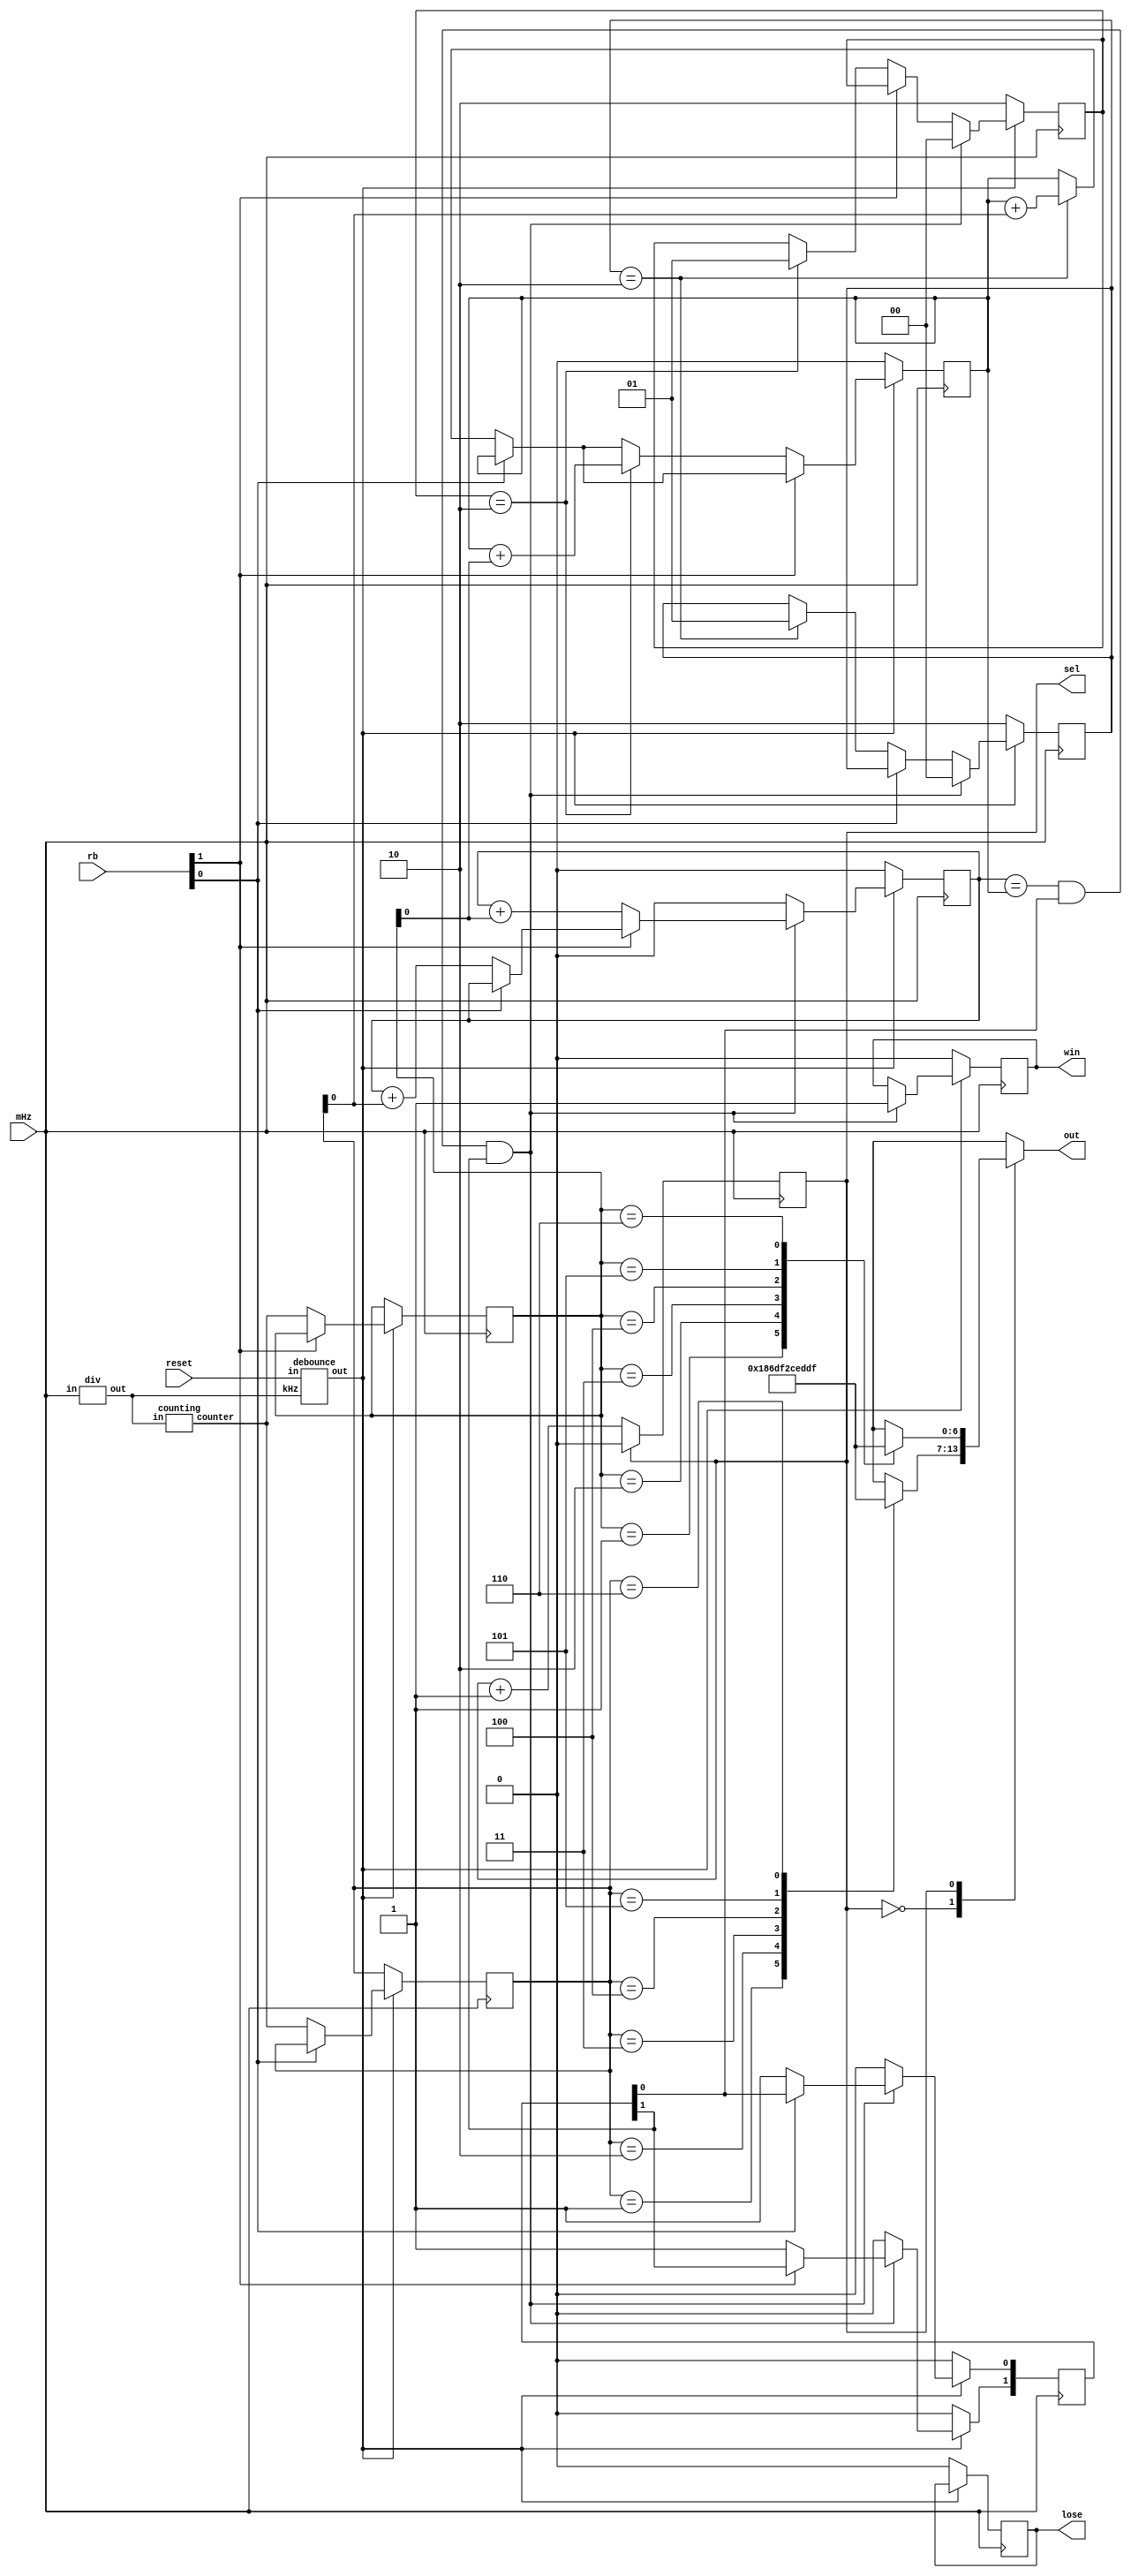
module lab2_1 (mHz, reset, rb, win, lose, out, sel);
input mHz, reset;
input [1:0]rb;
output reg win,lose;
output reg [6:0]out;
output reg sel;
wire [2:0]counter;
wire [1:0]rb_in;
wire kHz, i;
reg [2:0]dice1, dice2;
reg sum, sum2;
reg [1:0]c;
reg [1:0]count1, count2;
div divid(mHz, kHz);
debounce de1(reset, kHz, i);
counting co1(kHz, counter);
//sel_count se1(kHz, sel);
debounce de2(rb[0], kHz, rb_in[0]);
debounce de3(rb[1], kHz, rb_in[1]);
//game g1(kHz, reset, rb_in, counter, win, lose, out, sel);

//endmodule

/*module game(clk,reset,rb,counter,win,lose,out,sel);
input clk,reset,sel;
input [1:0]rb;
input [2:0]counter;
output reg [6:0]out;
output reg win,lose;
reg [2:0]dice1,dice2;
reg [3:0]sum,newsum;
reg c1,c2;
reg [1:0]count1,count2;*/

always@(posedge mHz)
begin
	if( sel == 1 )
		sel <= 0;
	else
		sel <= ( sel + 1 );
		
	if( ~i )
	begin
		sum <= 0;
		sum2 <= 0;
		c[0] <= 0;
		c[1] <= 0;
		count1 <= 2;
		count2 <= 2;
		lose <= 0;
		win <= 0;
	end
	
	else
	begin
		if( ~rb[0] )
		begin
			if( count1 == 2 )
			begin
				dice1 <= counter;
				count1 <= 1;
				sum <= ( sum + dice1 );
			end
			else
			begin
				if(count1 == 2)
					dice1 <= 0;
			end
		end
			
			
		if( ~rb[1] )
		begin
			if( count2 == 2 )
			begin
				dice2 <= counter;
				count2 <= 1;
				sum <= ( sum + dice2 );
			end
			else
			begin
				if( count2 == 2 )
				dice2 <= 0;
			end
		end
		
		if( ( sum == 7 || sum == 11 ) && count1 == 1 && count2 ==1 )
		begin
			win <= 1;
			count1 <= 0;
			count2 <= 0;
		end
		else if( ( sum == 2 || sum == 3 || sum == 12 ) && count1 == 1 && count2 == 1 )
		begin
			lose <= 1;
			count1 <= 0;
			count2 <= 0;
		end
		//show(dice1, dice2, sel, out);
		
		if( ~rb[0] )
		begin
			dice1 <= counter;
			sum2 <= ( sum2 + dice1 );
			c[0] <= 1;
		end
		
		if( ~rb[1] )
		begin
			dice2 <= counter;
			sum2 <= ( sum2 + dice2 );
			c[1] <= 1;
		end
		
		if( sum2 == sum && c[0] == 1 && c[1] == 1 )
		begin
			win <= 1;
			count1 <= 0;
			count2 <= 0;
		end
		
		else if( sum2 == 7 && c[0] == 1 && c[1] == 1 )
		begin
			lose <= 1;
			count1 <= 0;
			count2 <= 0;
		end
		
		else
		begin
			sum2 <= 0;
			c[0] <= 0;
			c[1] <= 0;
		end
		//show(dice1, dice2, sel, out);
	end
end

always@(sel)
	case(sel)
		1'b0:show(dice1, out);
		1'b1:show(dice2, out);
	endcase
		
	
task show;
	input [2:0]dice;
	output reg [6:0]out;
	case(dice)
		3'd1:out=7'b0110_000;
		3'd2:out=7'b1101_101;
		3'd3:out=7'b1111_001;
		3'd4:out=7'b0110_011;
		3'd5:out=7'b1011_011;
		3'd6:out=7'b1011_111;
	endcase
endtask
endmodule




module counting(in,counter);
input in;
output reg [2:0]counter;
always@(posedge in)
	if(counter==6)
		counter<=1;
	else
		counter<=counter+1;

endmodule


module div(in,out);
input in;
output reg out;
reg [14:0]counter;
always@(posedge in)
if(counter==24999)
	begin
		counter<=0;
		out<=(~out);
	end
	
else
	counter<=counter+1;
endmodule

module debounce(in,kHz,out);
input in,kHz;
output out;
reg [6:0]d;

always@(posedge kHz)
	begin
		d<={d[5:0],in};
	end
and(out,d[6],d[5],d[4],d[3],d[2],d[1],d[0]);
endmodule

/*module sel_count (in,out);
input in;
output reg out;
reg count;

always@(posedge in)
begin
	if(count==1)
		begin
			out<=0;
			count<=0;
		end
	else
		begin
			out<=out+1;
			count<=count+1;
		end
end
endmodule*/